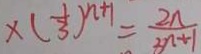
\times ( \frac { 1 } { 3 } ) ^ { n + 1 } = \frac { 2 n } { 3 n + 1 }